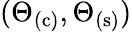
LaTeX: (\Theta_{\mathrm{(c)}},\Theta_{\mathrm{(s)}})